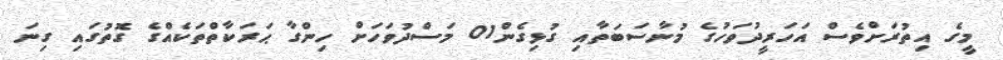
މީގެ އިތުރަށްވެސް އަހަރީދުވަހުގެ މުނާސަބަތާއި ގުޅިގެން01 މަސްދުވަހަށް ހިންގާ ޙަރަކާތްތަކެއްގެ ގޮތުގައި ގިނަ